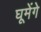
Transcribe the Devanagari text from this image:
घूमेंगे